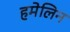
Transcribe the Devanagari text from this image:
हमेलिन